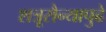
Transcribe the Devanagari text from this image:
शत्रूसैन्यापुढे